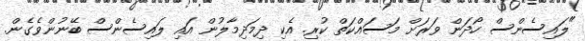
"ލައިސެންސް ހޯދަން ވަރަށް މަސައްކަތް ކުރި. އެކި ދިމަދިމާލުން އައި ލައިސެންސް ބޭނުންވެގެން.